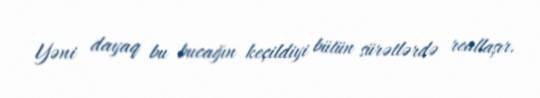
Yəni dayaq bu bucağın keçildiyi bütün sürətlərdə reallaşır.